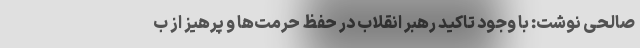
صالحی نوشت: با وجود تاکید رهبر انقلاب در حفظ حرمت‌ها و پرهیز از ب